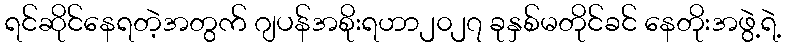
ရင်ဆိုင်နေရတဲ့အတွက် ဂျပန်အစိုးရဟာ၂၀၂၇ ခုနှစ်မတိုင်ခင် နေတိုးအဖွဲ့ရဲ့